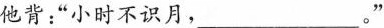
他背：”小时不识月，_____。